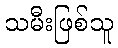
သမီးဖြစ်သူ